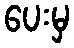
ပေးမှ